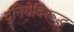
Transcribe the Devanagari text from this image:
दुनियेविरूद्ध